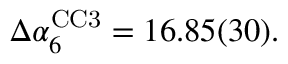
\begin{array} { r } { \Delta \alpha _ { 6 } ^ { \mathrm { C C 3 } } = 1 6 . 8 5 ( 3 0 ) . } \end{array}